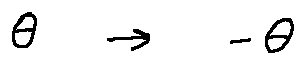
\theta \rightarrow - \theta